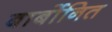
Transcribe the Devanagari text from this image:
बार्बोनित